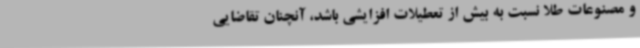
و مصنوعات طلا نسبت به بیش از تعطیلات افزایشی باشد، آنچنان تقاضایی